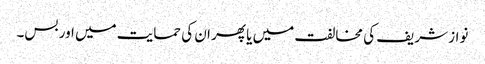
نواز شریف کی مخالفت میں یا پھر ان کی حمایت میں اور بس۔